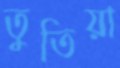
তুতিয়া